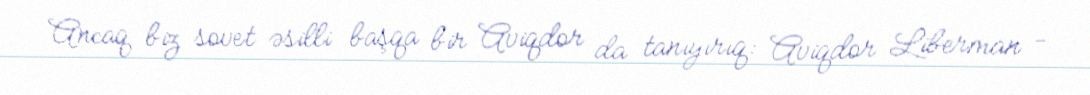
Ancaq biz sovet əsilli başqa bir Aviqdor da tanıyırıq: Aviqdor Liberman -